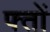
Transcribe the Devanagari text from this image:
फ्तों